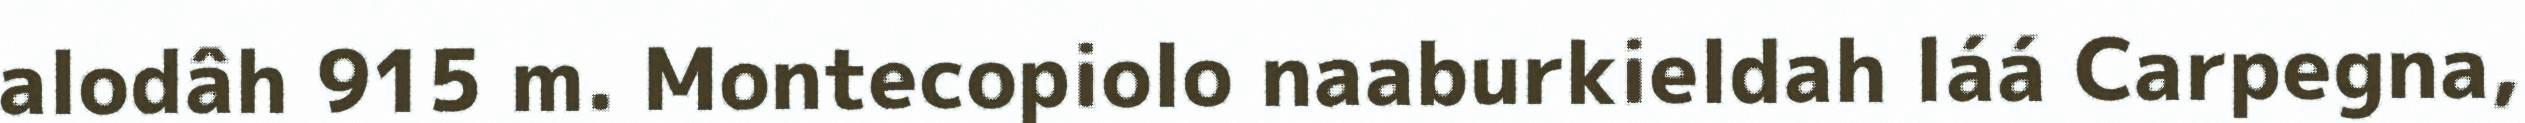
alodâh 915 m. Montecopiolo naaburkieldah láá Carpegna,